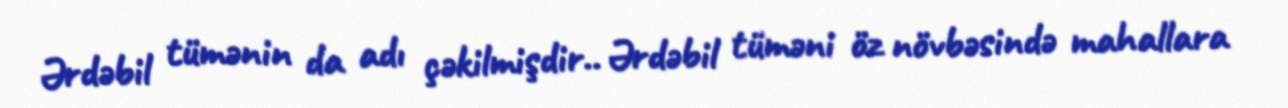
Ərdəbil tümənin da adı çəkilmişdir.. Ərdəbil tüməni öz növbəsində mahallara